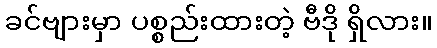
ခင်ဗျားမှာ ပစ္စည်းထားတဲ့ ဗီဒို ရှိလား။